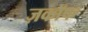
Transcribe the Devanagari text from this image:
ज़काॅफ